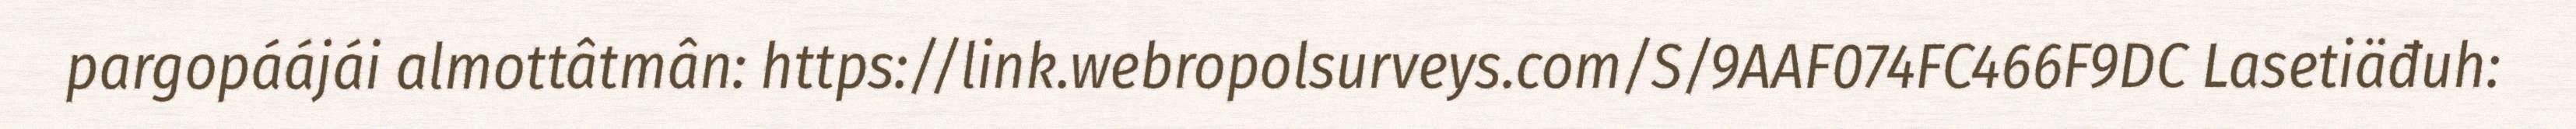
pargopáájái almottâtmân: https://link.webropolsurveys.com/S/9AAF074FC466F9DC Lasetiäđuh: